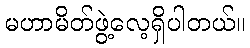
မဟာမိတ်ဖွဲ့လေ့ရှိပါတယ်။